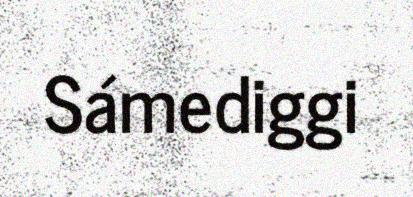
Sámediggi